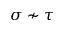
\sigma \nsim \tau